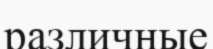
различные